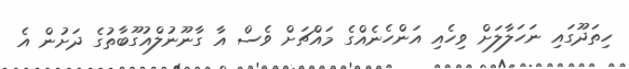
ހިތަދޫގައި ނަހަލާލަށް ވިހެއި އަންހެނެއްގެ މައްޗަށް ވެސް އާ ގާނޫނުލްއުގޫބާތުގެ ދަށުން އެ